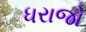
ધરાજો